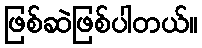
ဖြစ်ဆဲဖြစ်ပါတယ်။